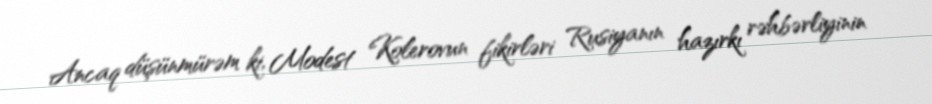
Ancaq düşünmürəm ki, Modest Kolerovun fikirləri Rusiyanın hazırkı rəhbərliyinin